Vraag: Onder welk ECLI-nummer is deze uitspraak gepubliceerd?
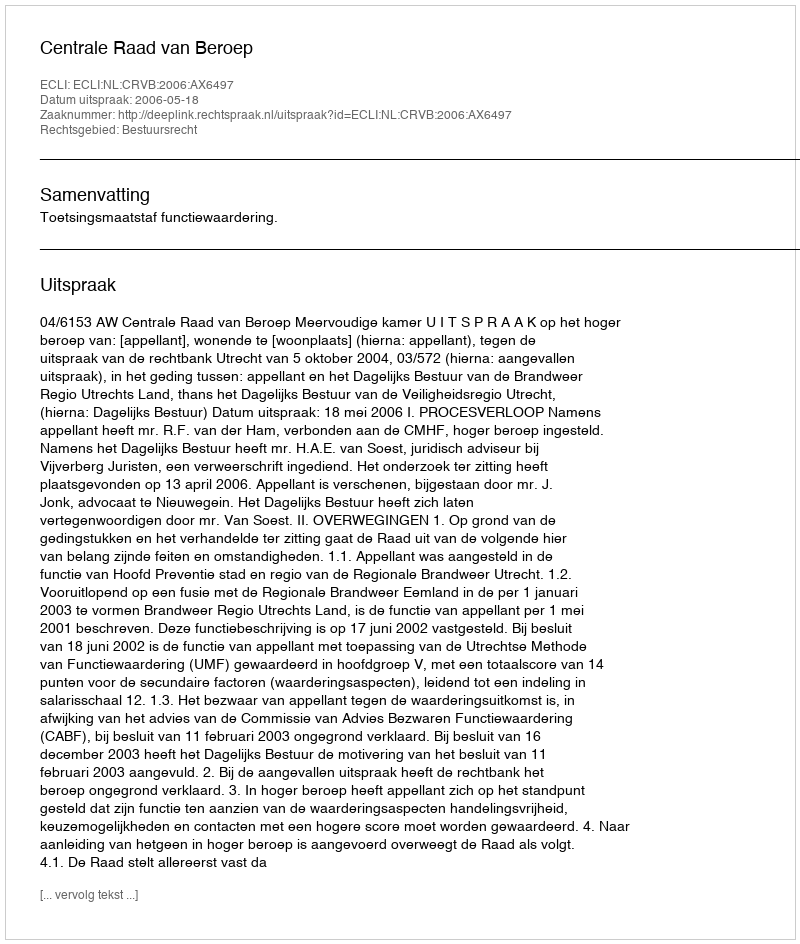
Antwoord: ECLI:NL:CRVB:2006:AX6497